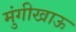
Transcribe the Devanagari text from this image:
मुंगीखाऊ